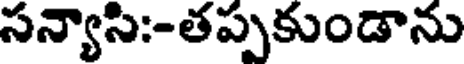
సన్యాసి:-తప్పకుండాను